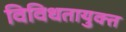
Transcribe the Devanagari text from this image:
विविधतायुक्त